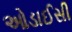
ઓડાઈસી